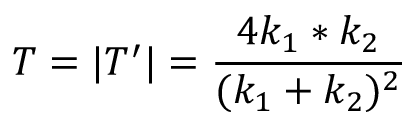
T = | T ^ { \prime } | = { \frac { 4 k _ { 1 } * k _ { 2 } } { ( k _ { 1 } + k _ { 2 } ) ^ { 2 } } }